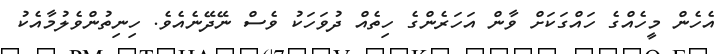
އެހެން މީހެއްގެ ހައްގަކަށް ވާން އަހަރެންގެ ހިތެއް ދުވަހަކު ވެސް ނޭދޭނެއެވެ. ހިނިތުންވެލުމާއެކު